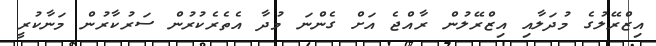
އިޒްރޭލުގެ މުދަލާއި އިޒްރޭލުން ރާއްޖެ އަށް ގެންނަ މުދާ އެތެރެކުރުން ސަރުކާރުން މަނާކުރީ